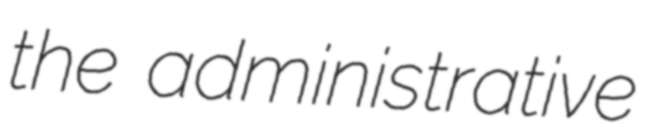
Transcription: the administrative